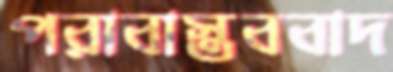
পরাবাস্তববাদ